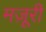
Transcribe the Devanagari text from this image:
मज़ूरी